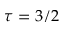
\tau = 3 / 2